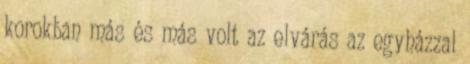
korokban más és más volt az elvárás az egyházzal